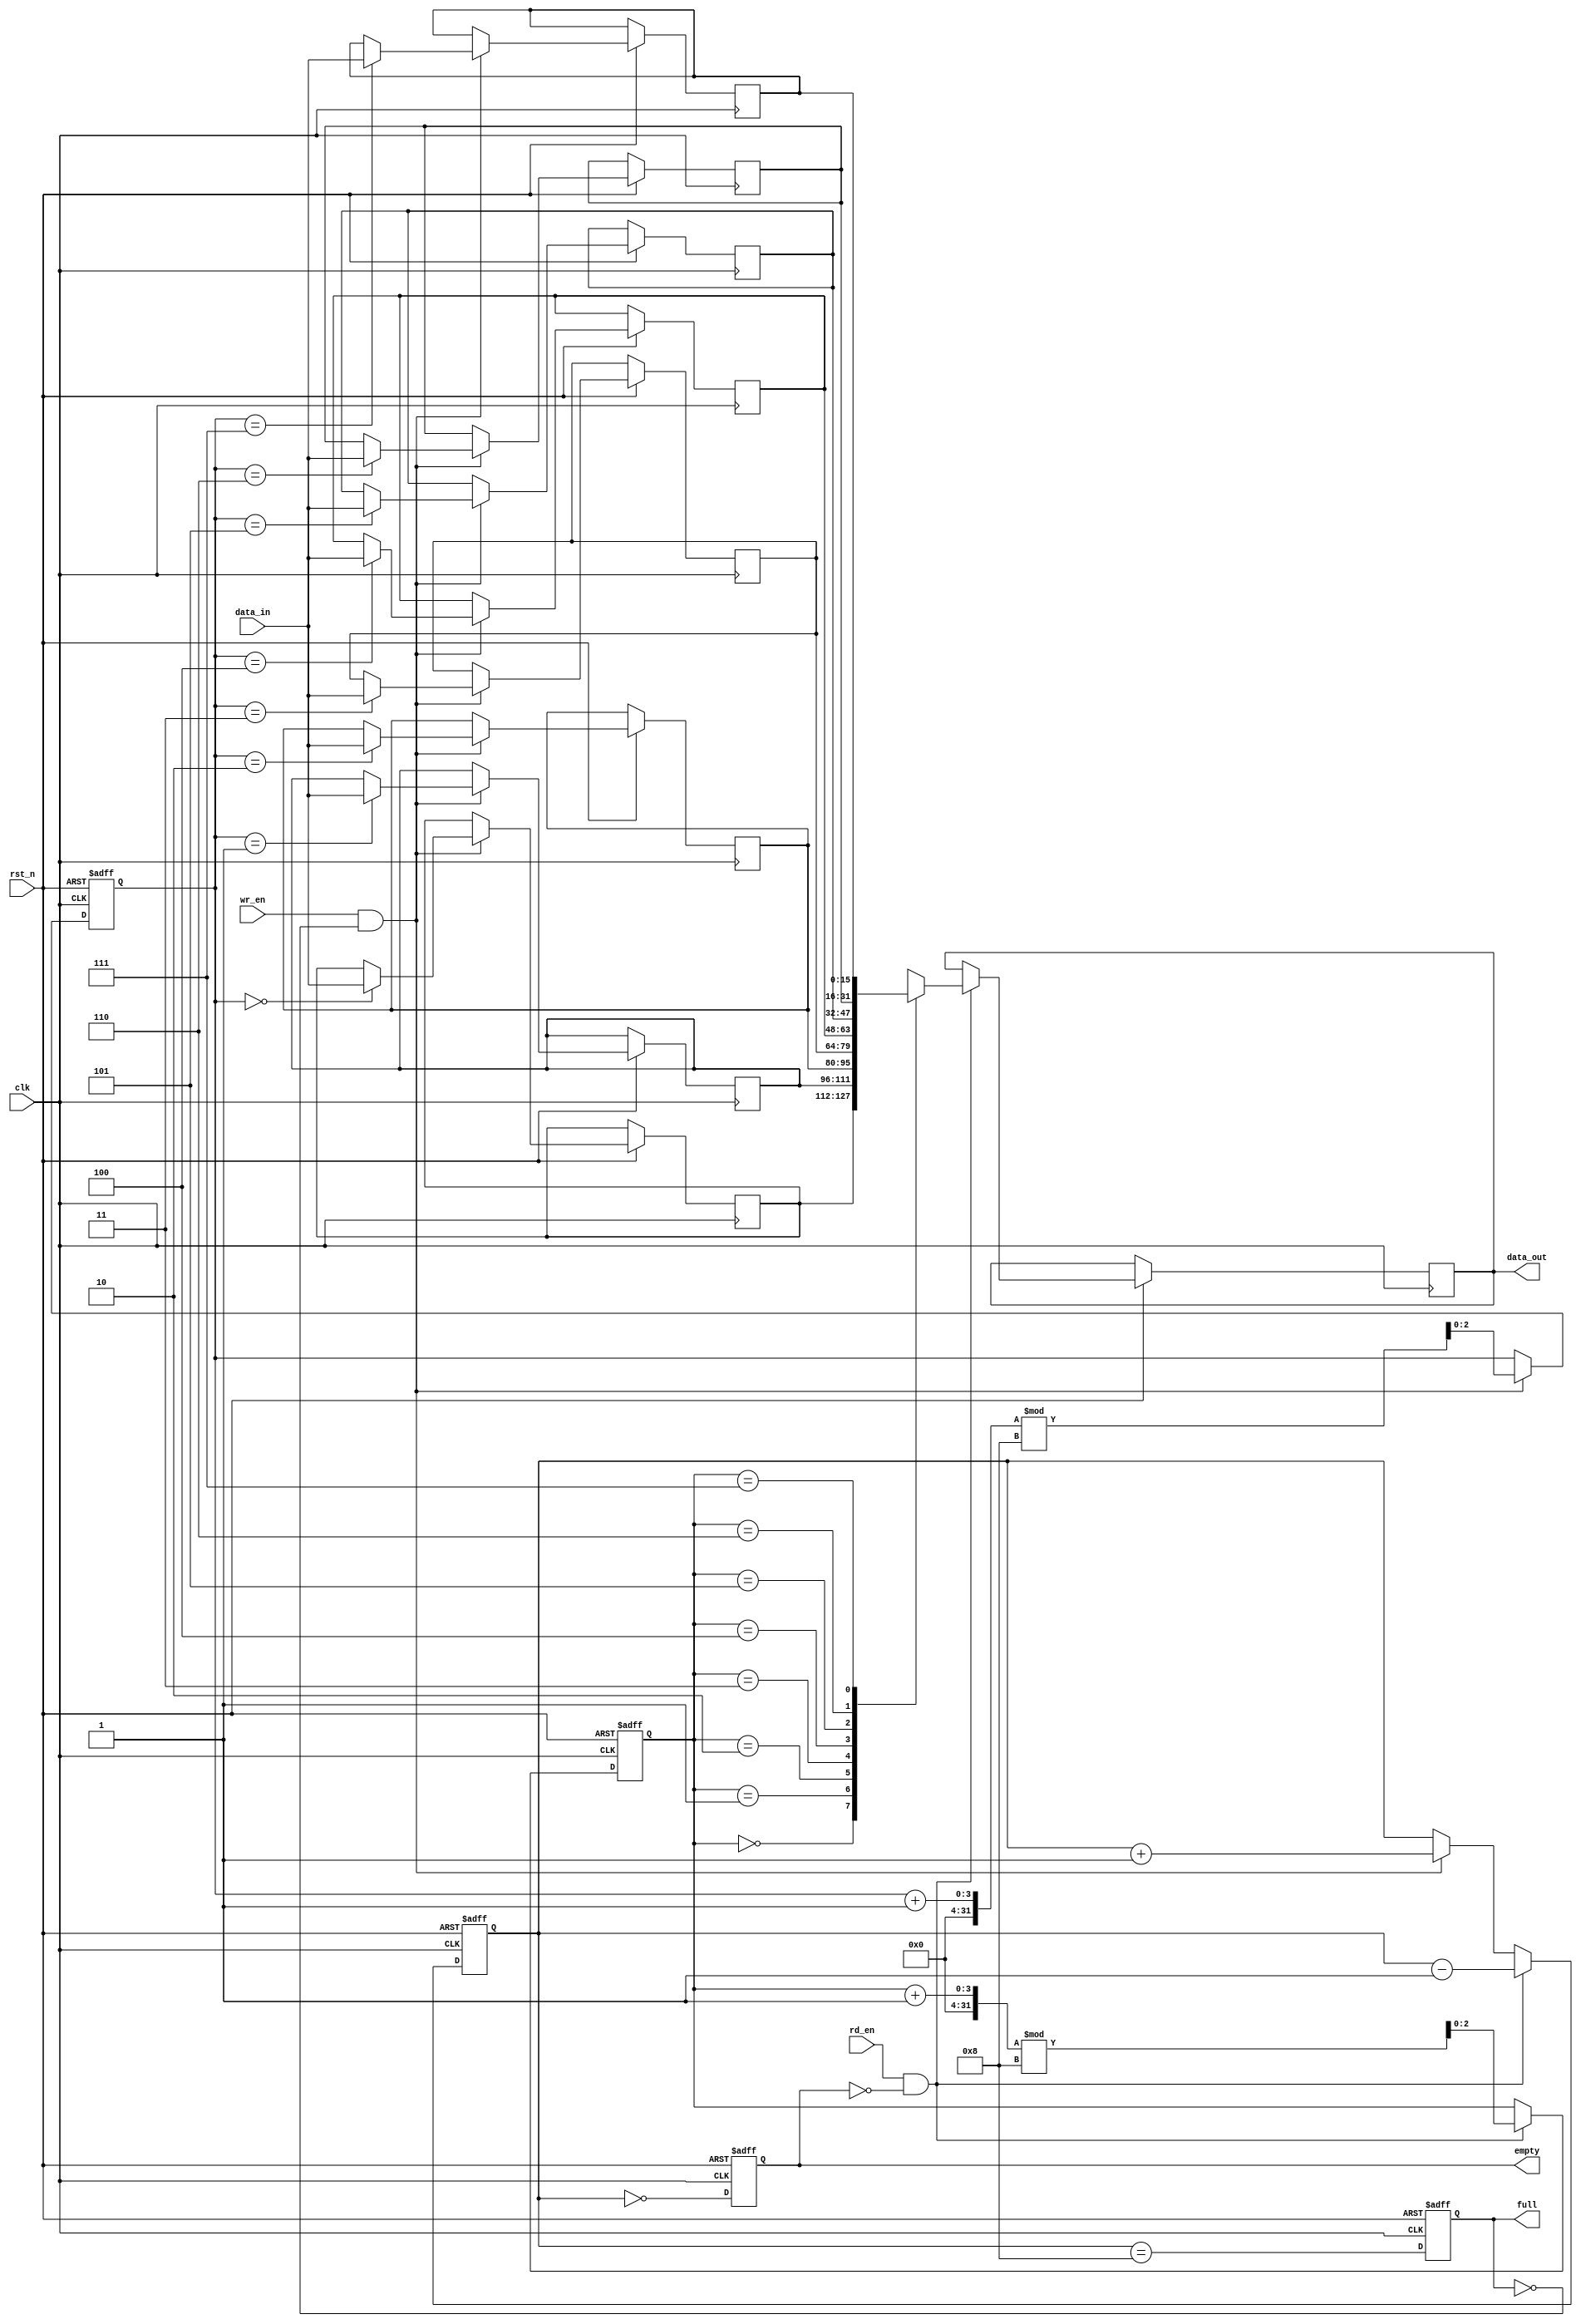
module fifo_sram #(
    parameter DEPTH = 8, // Number of entries in FIFO
    parameter WIDTH = 16  // Data size per entry in bits
)(
    input wire clk,                // Clock signal
    input wire rst_n,              // Asynchronous reset (active low)
    input wire wr_en,              // Write enable signal
    input wire rd_en,              // Read enable signal
    input wire [WIDTH-1:0] data_in, // Data input to FIFO
    output reg [WIDTH-1:0] data_out, // Data output from FIFO
    output reg full,               // FIFO full flag
    output reg empty               // FIFO empty flag
);

    // Internal memory array
    reg [WIDTH-1:0] memory [0:DEPTH-1];
    reg [clog2(DEPTH)-1:0] wr_ptr; // Write pointer
    reg [clog2(DEPTH)-1:0] rd_ptr; // Read pointer
    reg [clog2(DEPTH):0] count;     // Count of items in FIFO

    // Function to calculate clog2
    function integer clog2;
        input integer value;
        begin
            value = value - 1;
            for (clog2 = 0; value > 0; clog2 = clog2 + 1)
                value = value >> 1;
        end
    endfunction

    // Asynchronous reset
    always @(posedge clk or negedge rst_n) begin
        if (!rst_n) begin
            wr_ptr <= 0;
            rd_ptr <= 0;
            count <= 0;
            full <= 0;
            empty <= 1;
        end else begin
            // Write operation
            if (wr_en && !full) begin
                memory[wr_ptr] <= data_in;
                wr_ptr <= (wr_ptr + 1) % DEPTH; // Increment and wrap
                count <= count + 1;
            end
            
            // Read operation
            if (rd_en && !empty) begin
                data_out <= memory[rd_ptr];
                rd_ptr <= (rd_ptr + 1) % DEPTH; // Increment and wrap
                count <= count - 1;
            end
            
            // Update full and empty flags
            full <= (count == DEPTH);
            empty <= (count == 0);
        end
    end

endmodule